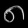
Digit: ၈